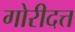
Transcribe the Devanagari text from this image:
गोरीदत्त